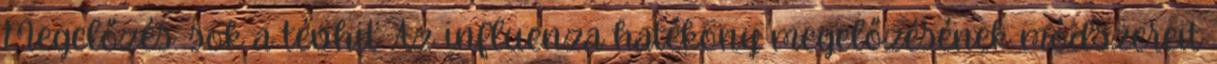
Megelőzés: sok a tévhit Az influenza hatékony megelőzésének módszereit